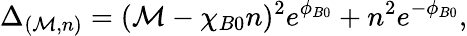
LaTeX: \Delta_{(\mathcal{M},n)}=(\mathcal{M}-\chi_{B0}n)^{2}e^{\phi_{B0}}+n^{2}e^{-\phi_{B0}},